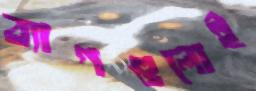
ব্যাগগুলোই